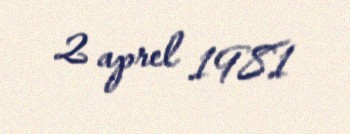
2 aprel 1981